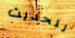
للحديث